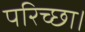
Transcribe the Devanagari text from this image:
परिच्‍छा।